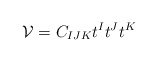
\begin{align*}{\cal V} = C_{IJK} t^I t^J t^K \ \end{align*}